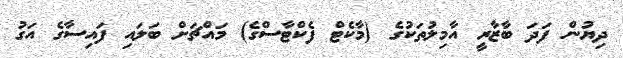
ދިޔުން ފަދަ ބާޒާރީ އާމިލުތަކުގެ (މާކެޓް ފެކްޓާސްގެ) މައްޗަށް ބަލައި ފައިސާގެ އަގު